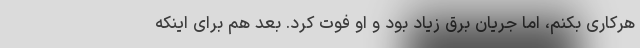
هرکاری بکنم، اما جریان برق زیاد بود و او فوت کرد. بعد هم برای اینکه